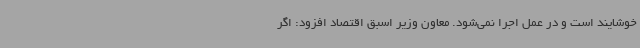
خوشایند است و در عمل اجرا نمی‌شود. معاون وزیر اسبق اقتصاد افزود: اگر